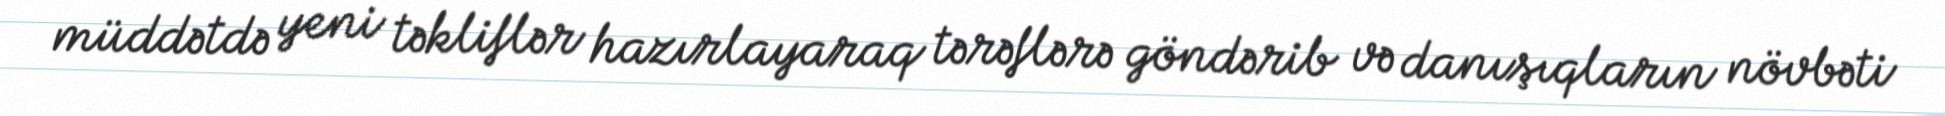
müddətdə yeni təkliflər hazırlayaraq tərəflərə göndərib və danışıqların növbəti